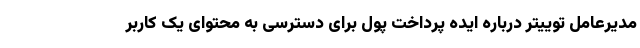
مدیرعامل توییتر درباره ایده پرداخت پول برای دسترسی به محتوای یک کاربر